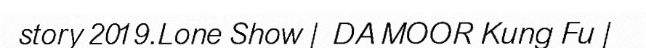
story 2019.Lone Show | DA MOOR Kung Fu |